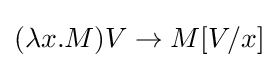
(\lambda x.M)V\to M[V/x]